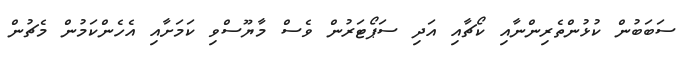
ސަބަބުން ކުޅުންތެރިންނާއި ކޯޗާއި އަދި ސަޕޯޓަރުން ވެސް މާޔޫސްވި ކަމަށާއި އެހެންކަމުން މެޗުން